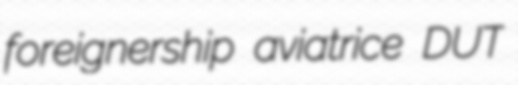
foreignership aviatrice DUT